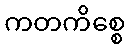
ကတကိစ္စေ